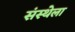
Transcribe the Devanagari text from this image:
संस्‍थ्‍ोला